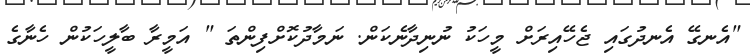
"އެނގޭ އެނދުގައި ޖެހޭއިރަށް މީހަކު ނުނިދާނެކަން. ނަމާދުކޮށްފިންތަ " އަމީރާ ބާލީހަކުން ހެނާގެ